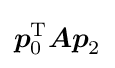
{\boldsymbol {p}}_{0}^{\mathrm {T} }{\boldsymbol {Ap}}_{2}